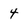
Character: 4